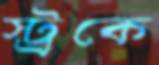
স্ট্রকে